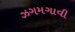
ઝગમગાવી